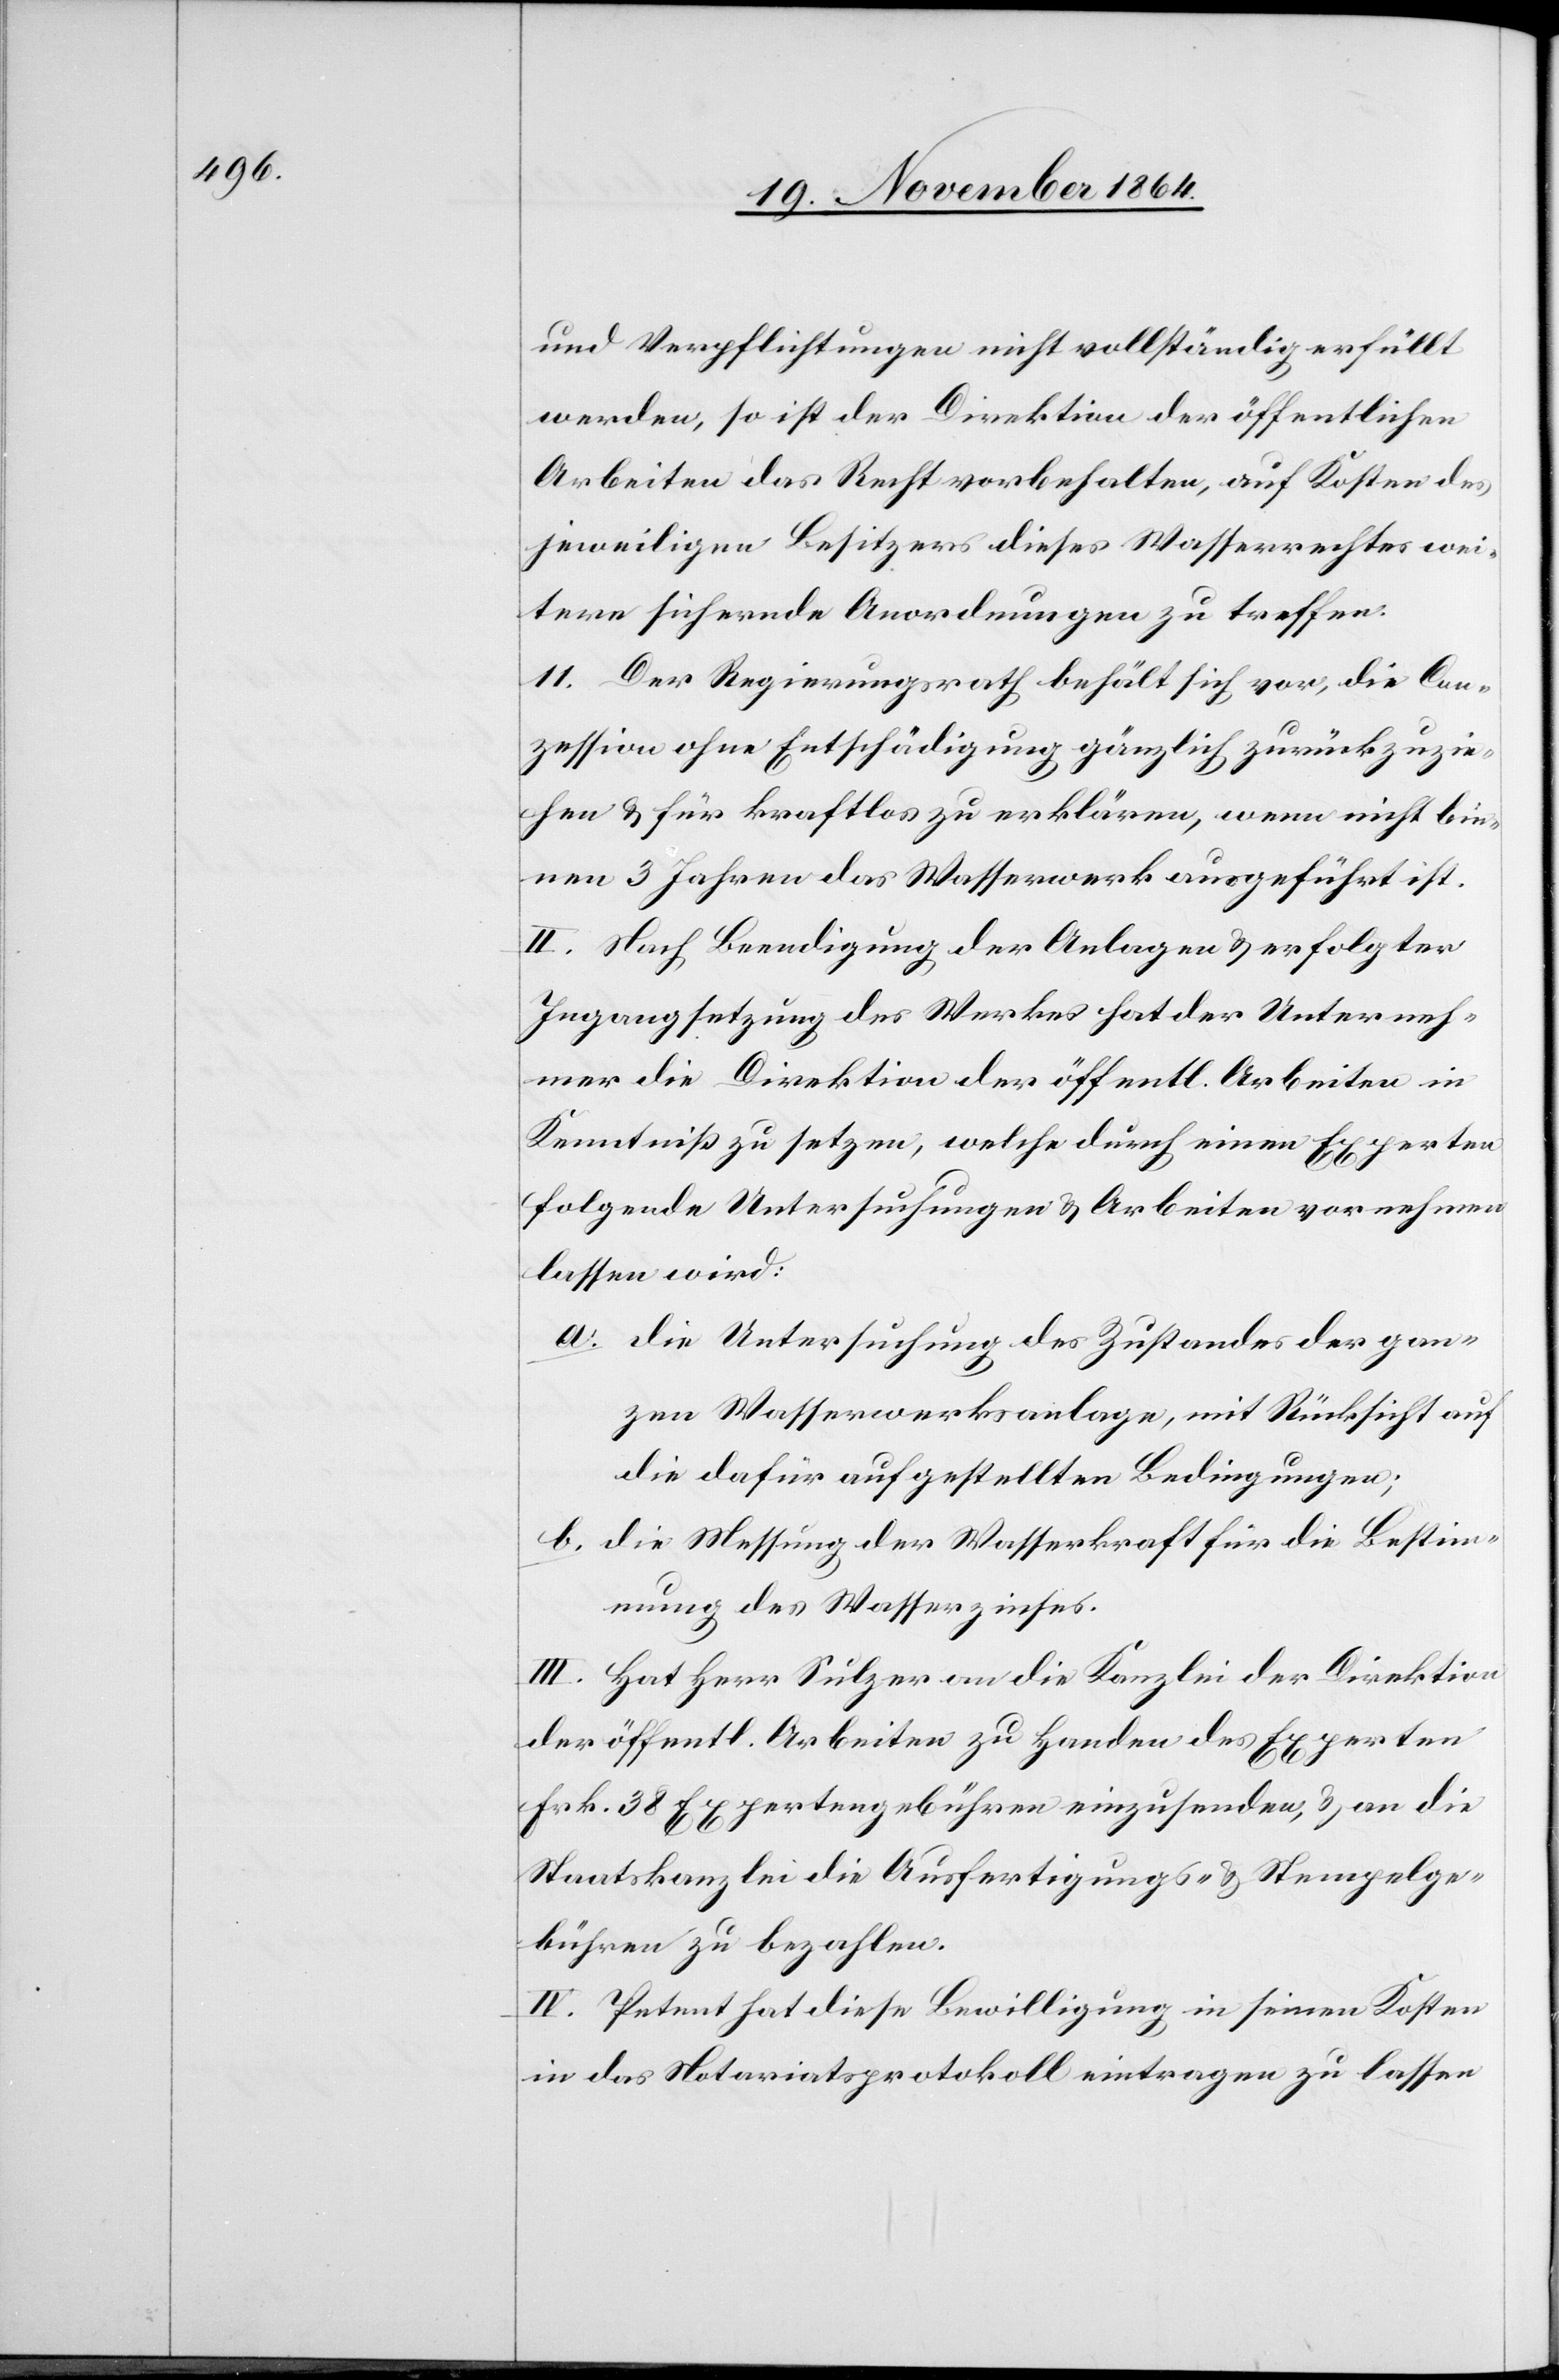
und Verpflichtungen nicht vollständig erfüllt
werden, so ist der Direktion der öffentlichen
Arbeiten das Recht vorbehalten, auf Kosten des
jeweiligen Besitzers dieses Wasserrechtes wei¬
tere sichernde Anordnungen zu treffen.
11. Der Regierungsrath behält sich vor, die Con¬
zession ohne Entschädigung gänzlich zurückzuzie¬
hen & für kraftlos zu erklären, wenn nicht bin¬
nen 3 Jahren das Wasserwerk ausgeführt ist.
II. Nach Beendigung der Anlagen & erfolgter
Ingangsetzung des Werkes hat der Unterneh¬
mer die Direktion der öffentl. Arbeiten in
Kenntniß zu setzen, welche durch einen Experten
folgende Untersuchungen & Arbeiten vornehmen
lassen wird:
a.	die Untersuchung des Zustandes der gan¬
zen Wasserwerksanlage, mit Rücksicht auf
die dafür aufgestellten Bedingungen;
b.	die Messung der Wasserkraft für die Bestim¬
mung des Wasserzinses.
III. Hat Herr Sulzer an die Kanzlei der Direktion
der öffentl. Arbeiten zu Handen des Experten
Frk. 38 Expertengebühren einzusenden, & an die
Staatskanzlei die Ausfertigungs- & Stempelge¬
bühren zu bezahlen.
IV. Petent hat diese Bewilligung in seinen Kosten
in das Notariatsprotokoll eintragen zu lassen